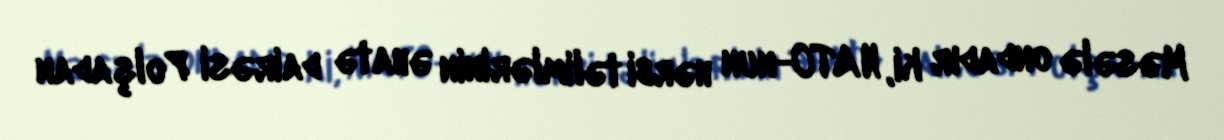
Məsələ ondadır ki, NATO-nun hərbi təlimlərinin əhatə dairəsi Polşadan